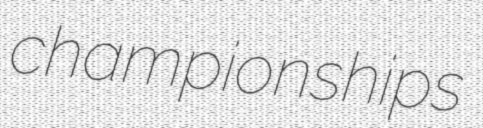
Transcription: championships